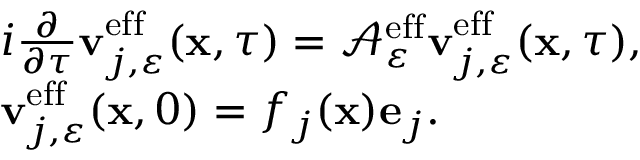
\begin{array} { r l } & { i \frac { \partial } { \partial \tau } \mathbf { v } _ { j , \varepsilon } ^ { \mathrm { e f f } } ( \mathbf { x } , \tau ) = \mathcal { A } _ { \varepsilon } ^ { \mathrm { e f f } } \mathbf { v } _ { j , \varepsilon } ^ { \mathrm { e f f } } ( \mathbf { x } , \tau ) , } \\ & { \mathbf { v } _ { j , \varepsilon } ^ { \mathrm { e f f } } ( \mathbf { x } , 0 ) = f _ { j } ( \mathbf { x } ) \mathbf { e } _ { j } . } \end{array}